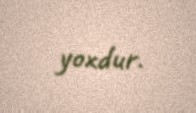
yoxdur.